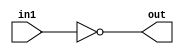
`timescale 1ns/1ps

module NOT8(input [7:0] in1,output [7:0] out);
    assign out = ~in1;
endmodule

module AND8(input [7:0] in1,input [7:0] in2,output [7:0] out);
    assign out = in1 & in2;
endmodule

module SHIFT_RIGHT(input [7:0] in1,output [7:0] out);
    assign out= {1'b0, in1[7:1]};
endmodule

module SHIFT_LEFT(input [7:0] in1,output [7:0] out);
    assign out = {in1[6:0], 1'b0};
endmodule

module IDENTITY8(input [7:0] in1,output [7:0] out);
    assign out = in1;
endmodule

module OR8(input [7:0] in1, input [7:0] in2, output [7:0] out);
    assign out = in1 | in2;
endmodule



module carry_look_ahead_4(input[3:0] in1,input[3:0] in2,input cin,output[3:0] out,output cout);

    wire[3:0] prop;
    wire[3:0] gen;
    wire c0, c1, c2, c3;

    assign prop = in1 ^ in2;
    assign gen = in1 & in2;

    assign c0 = cin;

    assign c1 = gen[0] | (prop [0] & c0);
    assign c2 = gen[1] | (prop [1] & c1);
    assign c3 = gen[2] | (prop [2] & c2);
    assign out[0] = prop[0] ^ c0;
    assign out[1] = prop[1] ^ c1;
    assign out[2] = prop[2] ^ c2;
    assign out[3] = prop[3] ^ c3;
    
    assign cout = gen[3] | (prop[3] & c3);
endmodule

module ADD8(input[7:0] in1,input[7:0] in2,output[7:0] out,output cout);
    
    wire c1, cin;
    assign cin = 1'b0;
    carry_look_ahead_4 cla1(.in1(in1[3:0]), .in2(in2[3:0]), .cin(cin), .out(out[3:0]), .cout(c1));
    carry_look_ahead_4 cla2(.in1(in1[7:4]), .in2(in2[7:4]), .cin(c1), .out(out[7:4]), .cout(cout));
   
endmodule

module SUBTRACT8(input [7:0] in1, input [7:0] in2, output [7:0] out);
    wire [7:0] t;
    NOT8 getNot(.in1(in2), .out(t));
    wire [7:0] t1;
    assign t1 =1;
    wire [7:0] out1;
    ADD8 getAdd(.in1(t), .in2(t1), .out(out1));
    ADD8 getAdd2 (.in1(out1), .in2(in1), .out(out));
endmodule




module TOP_MODULE(input [7:0] in1,input [7:0] in2,output reg [7:0] result, input [2:0]func );

    wire [7:0] outputADD;
    wire [7:0] outputSUB;
    wire [7:0] outputRSHIFT;
    wire [7:0] outputLSHIFT;
    wire [7:0] outputAND; 
    wire [7:0] outputIDENTITY;
    wire [7:0] outputOR;
    wire [7:0] outputNOT;
    wire cout;
    NOT8 not8(.in1(in1), .out(outputNOT));
    ADD8 add8(.in1(in1), .in2(in2), .out(outputADD), .cout(cout));
    SHIFT_RIGHT shiftRight(.in1(in1), .out(outputRSHIFT));
    SHIFT_LEFT shiftLeft(.in1(in1), .out(outputLSHIFT));
    AND8 and8(.in1(in1), .in2(in2), .out(outputAND));
    IDENTITY8 identity8(.in1(in1), .out(outputIDENTITY));
    OR8 or8(.in1(in1), .in2(in2), .out(outputOR));
    SUBTRACT8 sub(.in1(in1), .in2(in2), .out(outputSUB));
        always @(in1 or in2 or func) begin
            case (func)
                3'd0: result <= outputADD;
                3'b001: result <= outputSUB;
                3'b010: result <= outputIDENTITY ;            
                3'b011: result <= outputLSHIFT;
                3'b100: result <= outputRSHIFT ;            
                3'b101: result <= outputAND;
                3'b110: result <= outputNOT;
                3'b111: result <= outputOR;
                default: result <=result;
            endcase
        end
endmodule